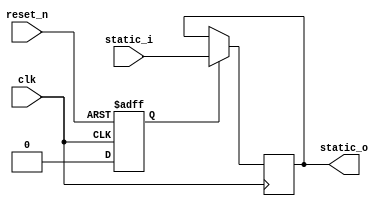
// -----------------------------------------------------------------------------
// The confidential and proprietary information contained in this file may
// only be used by a person authorised under and to the extent permitted
// by a subsisting licensing agreement from ARM Limited or its affiliates.
//
//               (C) COPYRIGHT 2014-2015 ARM Limited or its affiliates.
//                   ALL RIGHTS RESERVED
//
// This entire notice must be reproduced on all copies of this file
// and copies of this file may only be made by a person if such person is
// permitted to do so under the terms of a subsisting license agreement
// from ARM Limited or its affiliates.
//
// SVN Information
//
// Checked In :  2015-01-07 18:46:45 +0000 (Wed, 07 Jan 2015)
// Revision :  9182
//
// Release Information : CM3DesignStart-r0p0-02rel0
//
// -----------------------------------------------------------------------------
// Verilog-2001 (IEEE Std 1364-2001)
// -----------------------------------------------------------------------------
// Purpose : Static Register: used to make the compiler preserve tie-offs as a
// register to facilitate altering revision numbers as an ECO
//
// -----------------------------------------------------------------------------

module static_reg
#(
  parameter WIDTH=1
)
(
  input wire              clk,
  input wire              reset_n,
  input wire [WIDTH-1:0]  static_i,

  output wire [WIDTH-1:0] static_o
);

//internal signals
  reg [WIDTH-1:0]   static_r;
  reg               static_up;
  wire              static_en;

//---------------------------
//Main Code
//---------------------------

  always@(posedge clk)
  begin
    if(static_en)
    begin
      static_r[WIDTH-1:0] <= static_i[WIDTH-1:0];
    end
  end

  always@(posedge clk or negedge reset_n)
  begin
    if(!reset_n)
    begin
      static_up <= 1'b1;
    end
    else if(static_en)
    begin
      static_up <= 1'b0;
    end
  end

  //Enable for registers
  assign static_en = static_up;

  //assign outputs
  assign static_o[WIDTH-1:0] = static_r[WIDTH-1:0];

endmodule